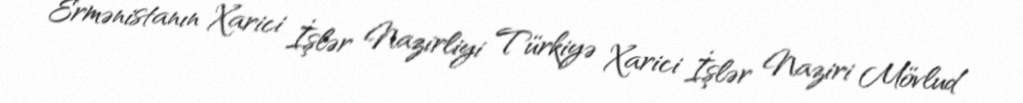
Ermənistanın Xarici İşlər Nazirliyi Türkiyə Xarici İşlər Naziri Mövlud